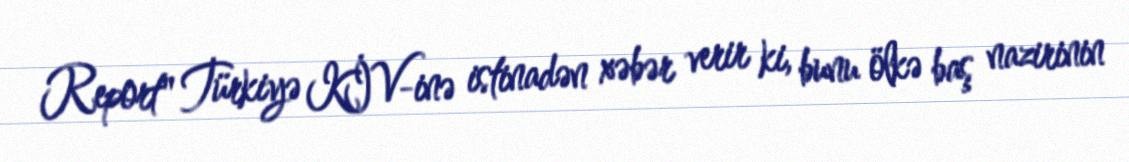
Report" Türkiyə KİV-inə istinadən xəbər verir ki, bunu ölkə baş nazirinin